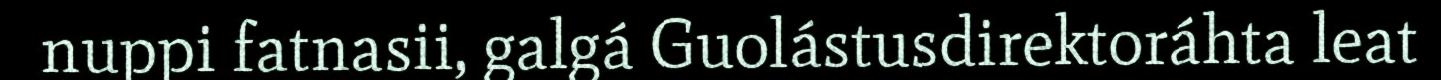
nuppi fatnasii, galgá Guolástusdirektoráhta leat